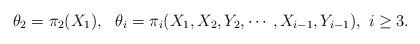
LaTeX: \begin{align*}\theta_2=\pi_2(X_1),\ \ \theta_i=\pi_i(X_1,X_2,Y_2,\cdots,X_{i-1},Y_{i-1}),~i\geq3.\end{align*}